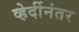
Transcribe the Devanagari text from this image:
व्हेर्दीनंतर